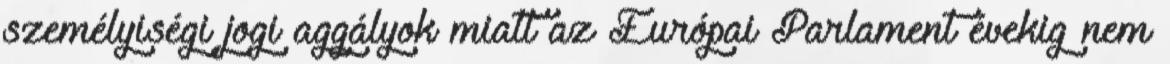
személyiségi jogi aggályok miatt az Európai Parlament évekig nem